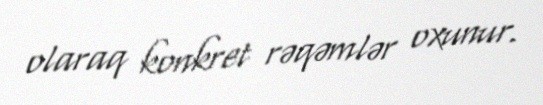
olaraq konkret rəqəmlər oxunur.